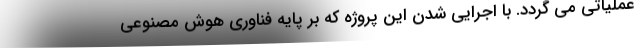
عملیاتی می گردد. با اجرایی شدن این پروژه که بر پایه فناوری هوش مصنوعی